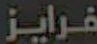
فرایز